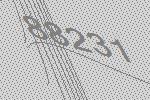
88231